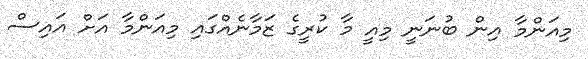
މިއަންމާ އިން ބުނަނީ މިއީ މާ ކުރީގެ ޒަމާނެއްގައި މިއަންމާ އަށް އައިސް